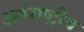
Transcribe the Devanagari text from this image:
अर्तराष्ट्रीय